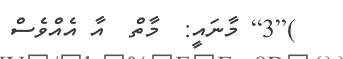
)[3] މާނައީ:  މާތް  އާ އެއްވެސް